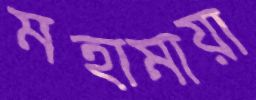
মহামায়া